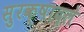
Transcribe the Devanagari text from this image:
सुरक्षादले